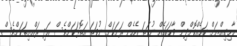
މާމިގިއްޔަށް ކަމެއްކޮށްދިން ވާހަކައެއް ނުވަތަ އެހެން ރަށަކަށް ނުވަތަ އަތޮޅަކަށްވެސް އަދި ރައްޔިތަކަށްވެސް